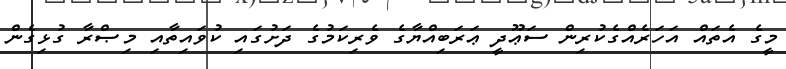
މީގެ އެތައް އަހަރެއްގެކުރިން ސަޢޫދީ ޢަރަބިއްޔާގެ ވެރިކަމުގެ ދަށުގައި ކުވައިތާއި މިޞްރާ ގުޅިގެން